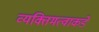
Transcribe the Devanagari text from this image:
व्यक्तिमत्वाकडे